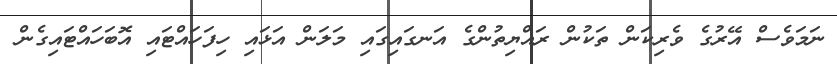
ނަމަވެސް އޭރުގެ ވެރިކަން ތަކުން ރައްޔިތުންގެ އަނގައިގައި މަލަން އަޅައި ހިފަހައްޓައި އޮބަހައްޓައިގެން